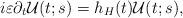
LaTeX: \begin{align*}i \varepsilon \partial_t \mathcal{U}(t;s) = h_H(t) \mathcal{U}(t;s),\end{align*}